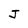
Character: J